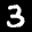
Label: 3